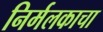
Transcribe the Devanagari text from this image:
निर्मलकाचा